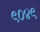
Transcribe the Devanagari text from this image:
९०४९